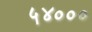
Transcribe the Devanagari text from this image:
५४०००